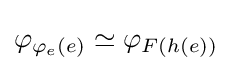
\varphi _{\varphi _{e}(e)}\simeq \varphi _{F(h(e))}